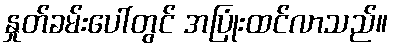
နှုတ်ခမ်းပေါ်တွင် အပြုံးထင်လာသည်။